Lunatic asylums Central Provinces reports 1895-1909 - 1895-1909
Year: 1895
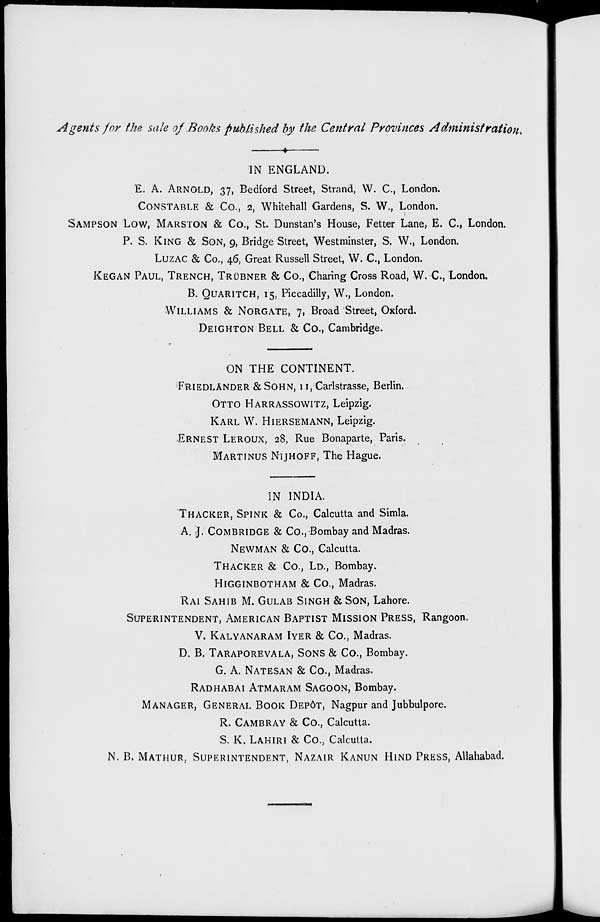
Agents for the sale of Books published by the Central Provinces Administration.
IN ENGLAND.
E. A. ARNOLD, 37, Bedford Street, Strand, W. C, London.
CONSTABLE
& Co., 2, Whitehall Gardens, S. W., London.
SAMPSON LOW, MARSTON & Co., St. Dunstan's House, Fetter Lane, E. C., London.
P. S. KING & SON, 9, Bridge Street, Westminster, S. W., London.
LUZAC & Co., 46, Great Russell Street, W. C., London.
KEGAN PAUL, TRENCH, TRÜBNER & Co., Charing Cross Road, W. C., London.
B. QUARITCH, 15, Piccadilly, W., London.
WILLIAMS & NORGATE , 7, Broad Street, Oxford.
DEIGHTON
BELL
& Co., Cambridge.
ON THE CONTINENT.
FRIEDLANDER & SOHN, 11, Carlstrasse, Berlin.
OTTO HARRASSOWITZ,Leipzig.
KAPL W. HIERSEMANN, Leipzig.
ERNEST LEROUX, 28, Rue Bonaparte, Paris.
MARTINUS NIJHOFF, The Hague.
IN INDIA.
THACKER,SPINK
& Co., Calcutta and Simla.
A. J. COMBRIDGE & Co., Bombay and Madras.
NEWMAN
& Co., Calcutta.
THACKER
& Co., LD., Bombay.
HIGGINBOTHAM
& Co., Madras.
RAI
SAHIB
M.GULAB SINGH & SON, Lahore.
SUPERINTENDENT, AMERICAN BAPTIST MISSION PRESS, Rangoon.
V.
KALYANARAM
IYER
& Co., Madras.
D. B.TARAPOREVALA, SONS & Co., Bombay.
G. A. NATESAN & Co., Madras.
RADHABAI
ATMARAM
SAGOON,
Bombay.
MANAGER, GENERAL BOOK DEPÔT, Nagpur and Jubbulpore.
R. CAMBRAY & Co., Calcutta.
S. K. LAHIRI & Co., Calcutta.
N. B. MATHUR, SUPERINTENDENT, NAZAIR KANUN HIND PRESS,Allahabad.